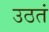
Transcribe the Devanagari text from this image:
उठतं